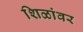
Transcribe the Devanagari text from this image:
शिळांवर